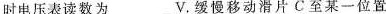
时电压表读数为_____V。缓慢移动滑片C至某一位置